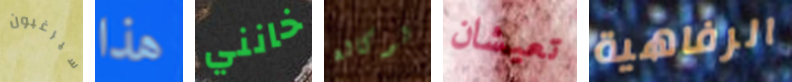
سيرغبون هذا خانني لوكالة تعيشان الرفاهية